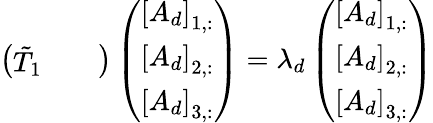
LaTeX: \left(\begin{array}{lll}{\tilde{T}_{1}}&{}&{}\end{array}\right)\left(\begin{array}{l}{\left[A_{d}\right]_{1,:}}\\ {\left[A_{d}\right]_{2,:}}\\ {\left[A_{d}\right]_{3,:}}\end{array}\right)=\lambda_{d}\left(\begin{array}{l}{\left[A_{d}\right]_{1,:}}\\ {\left[A_{d}\right]_{2,:}}\\ {\left[A_{d}\right]_{3,:}}\end{array}\right)